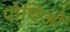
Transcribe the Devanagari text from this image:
पोथिओं